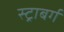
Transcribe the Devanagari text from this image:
स्ट्राबर्ग